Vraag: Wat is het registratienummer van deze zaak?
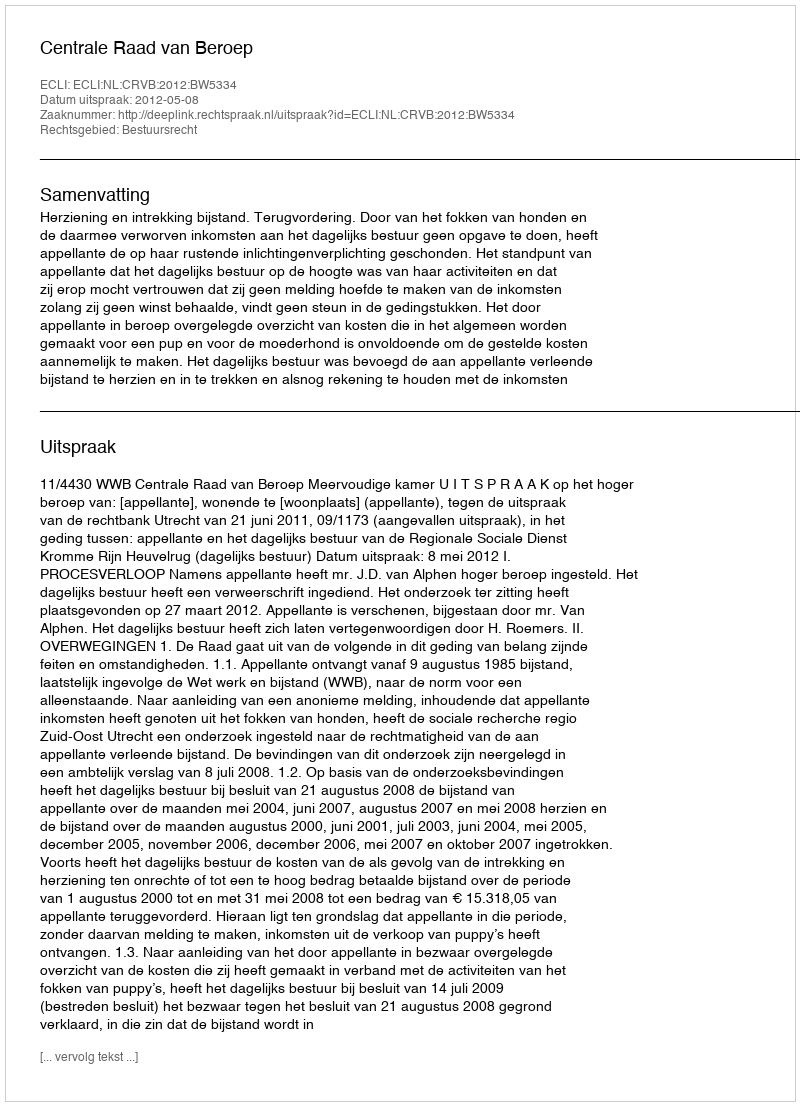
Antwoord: http://deeplink.rechtspraak.nl/uitspraak?id=ECLI:NL:CRVB:2012:BW5334